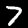
Label: 7